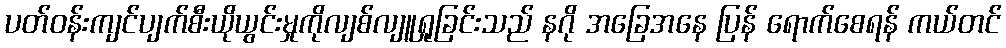
ပတ်ဝန်းကျင်ပျက်စီးယိုယွင်းမှုကိုလျစ်လျူရှုခြင်းသည် နဂို အခြေအနေ ပြန် ရောက်စေရန် ကယ်တင်